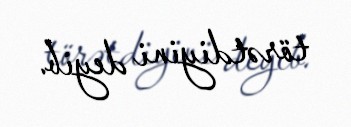
törətdiyini deyib.